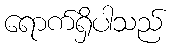
ရောက်ရှိပါသည်